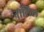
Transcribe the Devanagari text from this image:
नालिल